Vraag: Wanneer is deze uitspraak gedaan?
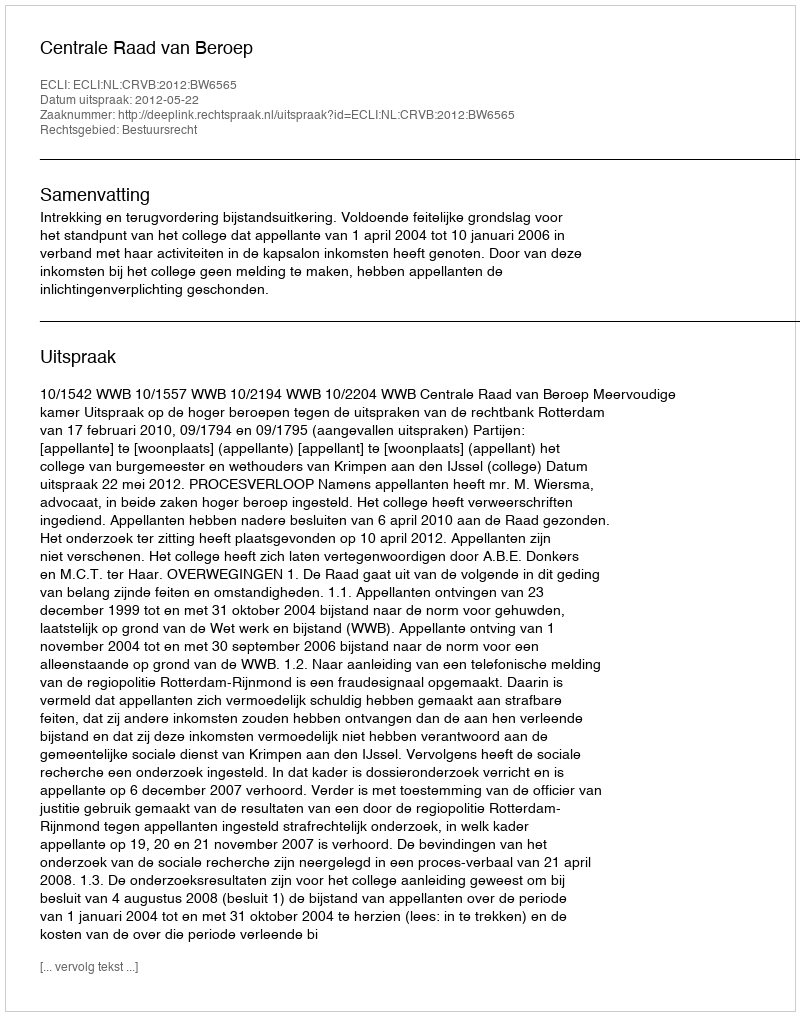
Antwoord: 2012-05-22